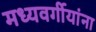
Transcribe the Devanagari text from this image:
मध्यवर्गीयांना